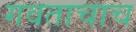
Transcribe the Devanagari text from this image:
गवताचाच